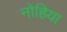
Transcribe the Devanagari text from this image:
नोहिया